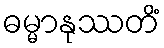
ဓမ္မာနုဿတိံ